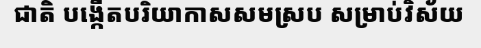
ជាតិ បង្កើតបរិយាកាសសមស្រប សម្រាប់វិស័យ